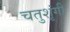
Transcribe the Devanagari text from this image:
चतुशृंगी